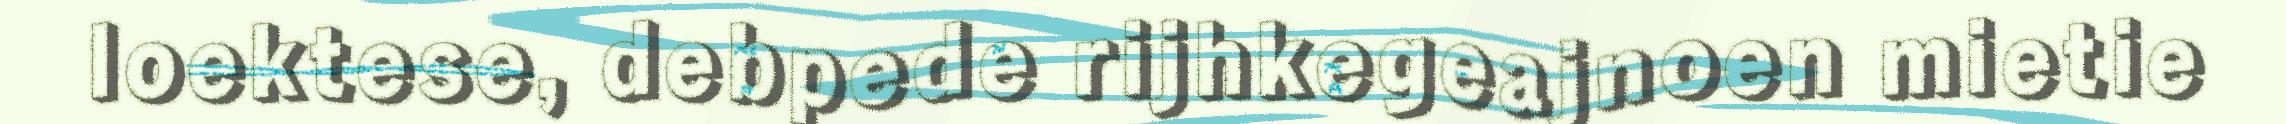
loektese, debpede rijhkegeajnoen mietie